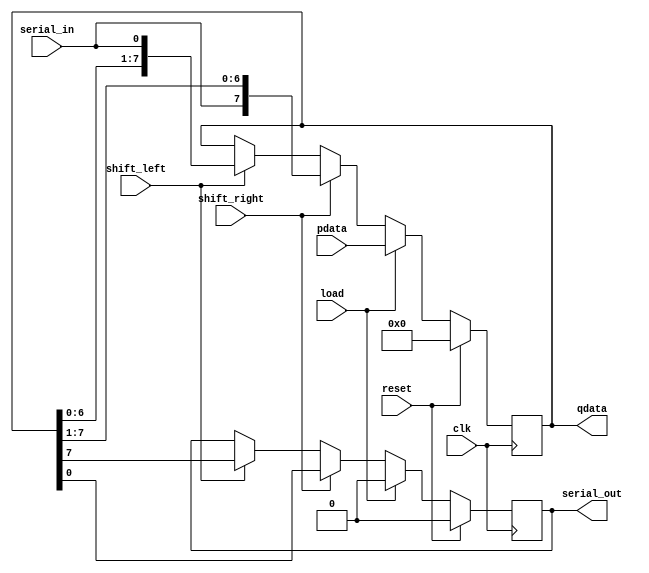
`timescale 1ns / 1ps
//////////////////////////////////////////////////////////////////////////////////
// Company: 
// Engineer: 
// 
// Design Name: 
// Module Name:    Q1 
// Project Name: 
// Target Devices: 
// Tool versions: 
// Description: 
//
// Dependencies: 
//
// Revision: 
// Revision 0.01 - File Created
// Additional Comments: 
//
//////////////////////////////////////////////////////////////////////////////////
module myReg(
    input clk,
    input reset,
    input [7:0] pdata,
    output reg [7:0] qdata,
    input load,
    input shift_right,
    input shift_left,
    input serial_in,
    output reg serial_out
    );
	 
  always @ (posedge clk)
   begin
	  
	  if(shift_left)
      begin
        serial_out <= qdata[7];
        qdata <= {qdata[6:0],serial_in};
      end
		
	  if(shift_right)
	   begin
		  serial_out <= qdata[0];
        qdata <= {serial_in,qdata[7:1]};
		end
		
	  if(load)
	   begin
		 qdata <= pdata;
		 serial_out <= 0;
		end
		
	  if(reset)
	   begin
		  qdata <= 0;
		  serial_out <= 0;
		end
	end


endmodule